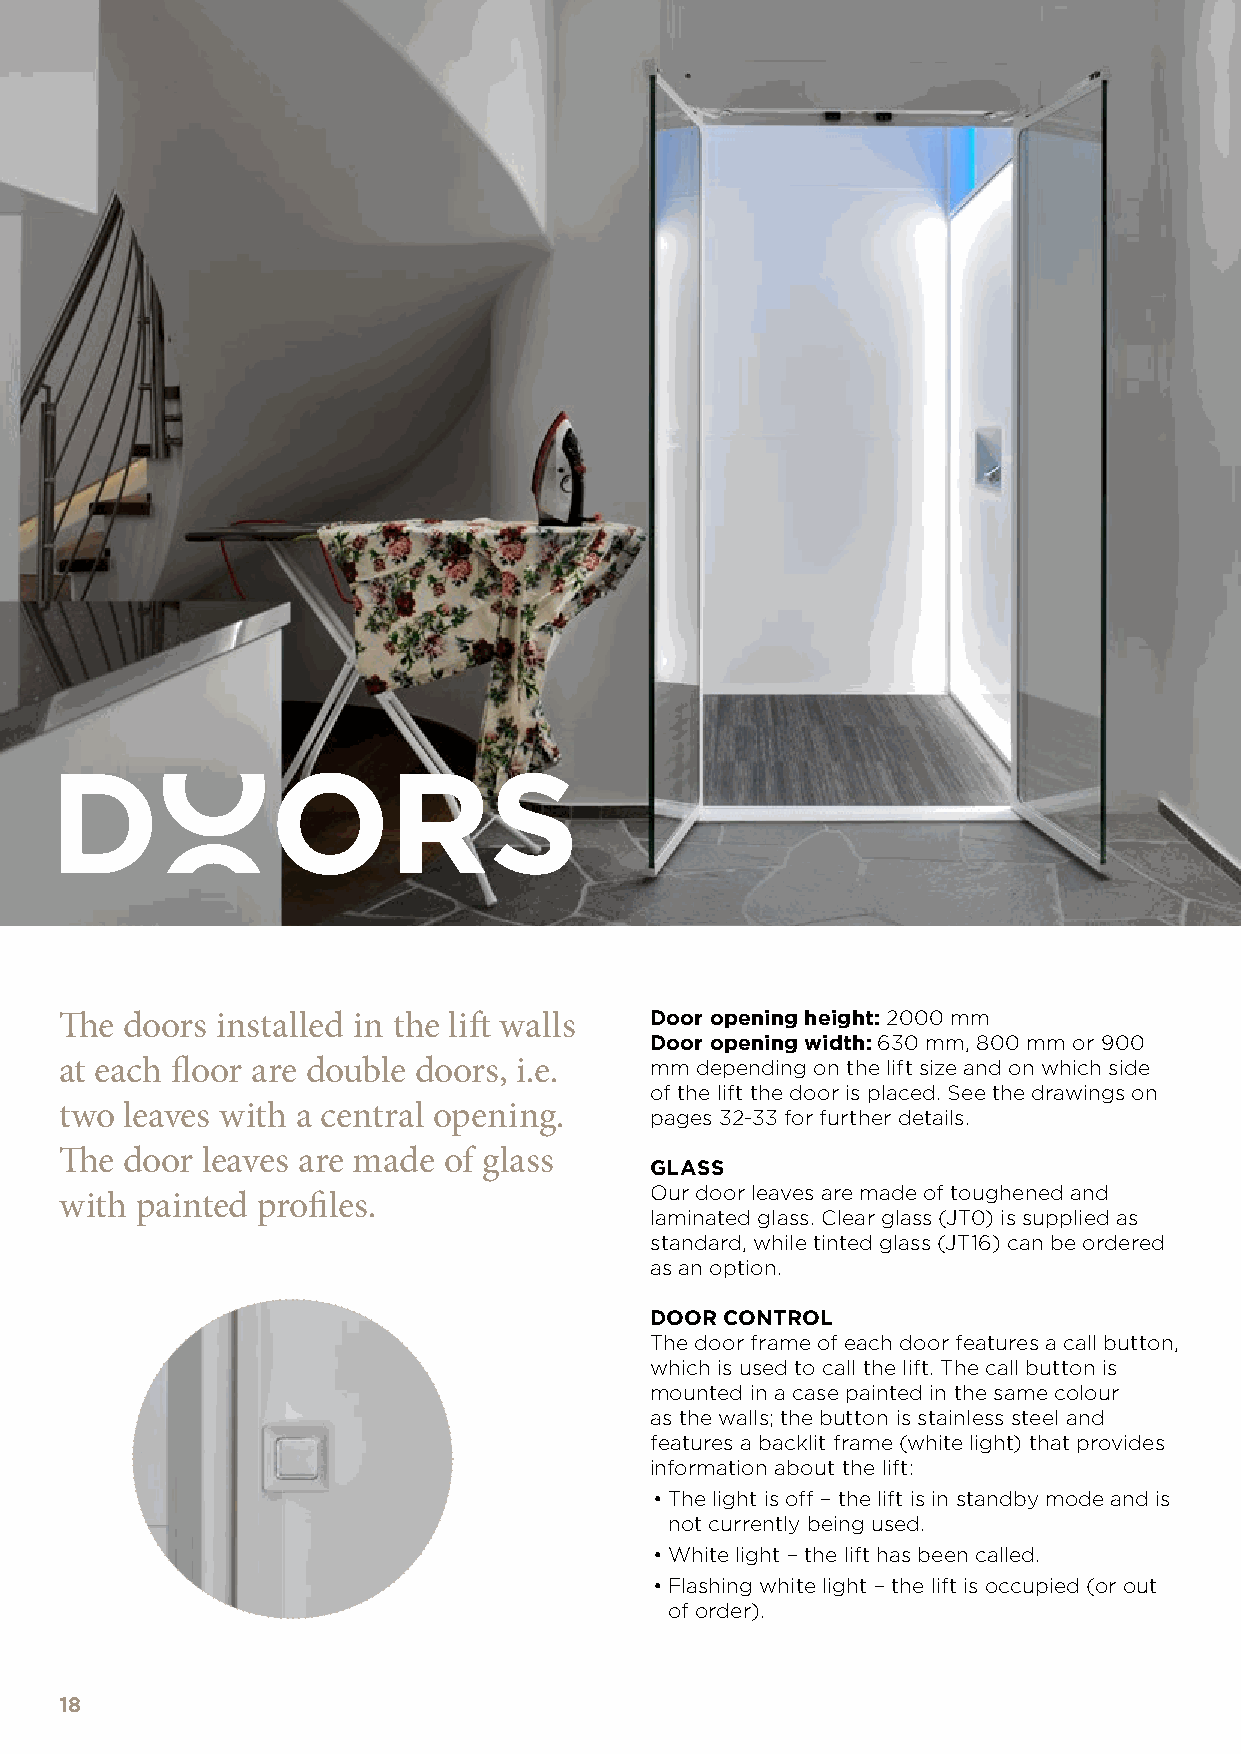
DOORS
 The doors installed in the lift walls  Door opening height: 2000 mm
 Door opening width: 630 mm, 800 mm or 900
 at each floor are double doors, i.e.   mm depending on the lift size and on which side
 of the lift the door is placed. See the drawings on
 two leaves with a central opening.     pages 32-33 for further details.
 The door leaves are made of glass
 GLASS
 Our door leaves are made of toughened and
 with painted profiles.
 laminated glass. Clear glass (JT0) is supplied as
 standard, while tinted glass (JT16) can be ordered
 as an option.
 DOOR CONTROL
 The door frame of each door features a call button,
 which is used to call the lift. The call button is
 mounted in a case painted in the same colour
 as the walls; the button is stainless steel and
 features a backlit frame (white light) that provides
 information about the lift:
 •The light is off – the lift is in standby mode and is
 not currently being used.
 •White light – the lift has been called.
 •Flashing white light – the lift is occupied (or out
 of order).
 18